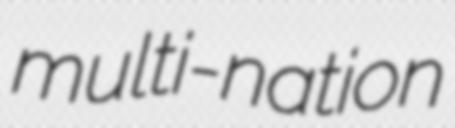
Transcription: multi-nation